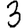
Digit: 3